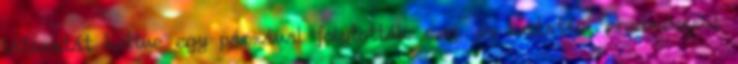
látszatát keltve egy párnával folytották meg, és kutatási eredményeit